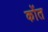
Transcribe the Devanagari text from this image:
कोंत